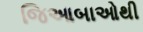
જિઆબાઓથી